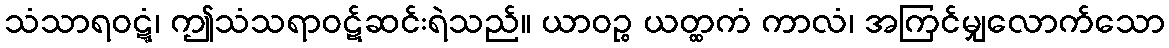
သံသာရဝဋ္ဋံ၊ ဤသံသရာဝဋ်ဆင်းရဲသည်။ ယာဝဉ္စ ယတ္ထကံ ကာလံ၊ အကြင်မျှလောက်သော